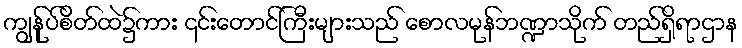
ကျွန်ုပ်စိတ်ထဲ၌ကား ၎င်းတောင်ကြီးများသည် စောလမုန်ဘဏ္ဍာသိုက် တည်ရှိရာဌာန